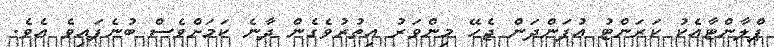
ޕްލާންޓާއެކު ކަރަންޓު އުފަންދަން ޖެހޭ މިންވަރު އިތުރުވެގެން ދާނެ ކަަމަށްވެސް ބުނެފައިވެ އެވެ.